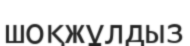
шоқжұлдыз